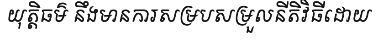
យុត្តិធម៌ នឹងមានការសម្របសម្រួលនីតិវិធីដោយ